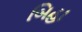
બિહા